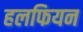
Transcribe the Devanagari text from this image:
हलफियन